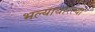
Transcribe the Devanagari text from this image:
भल्याथोरल्या